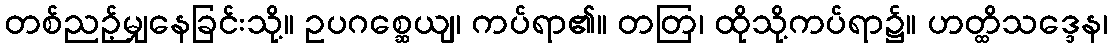
တစ်ညဉ့်မျှနေခြင်းသို့။ ဥပဂစ္ဆေယျ၊ ကပ်ရာ၏။ တတြ၊ ထိုသို့ကပ်ရာ၌။ ဟတ္ထိသဒ္ဒေန၊